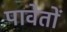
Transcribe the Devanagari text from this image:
पावेतों